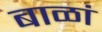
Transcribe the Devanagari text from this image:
बाळां